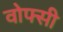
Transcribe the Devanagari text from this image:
वोफ्सी